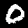
Digit: 0